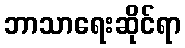
ဘာသာရေးဆိုင်ရာ